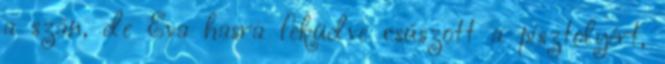
a szán, de Eva hasra feküdve csúszott a pisztolyért,